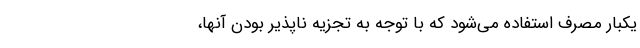
یکبار مصرف استفاده می‌شود که با توجه به تجزیه‌ ناپذیر بودن آنها،